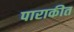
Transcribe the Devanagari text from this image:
पाराकीत